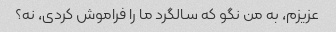
عزیزم، به من نگو ​​که سالگرد ما را فراموش کردی، نه؟